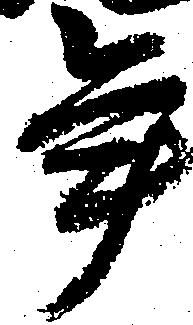
年